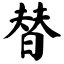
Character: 替